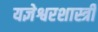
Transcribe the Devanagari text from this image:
यज्ञेश्वरशास्त्री